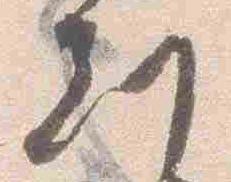
刻